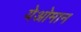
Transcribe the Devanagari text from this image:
येओमान